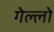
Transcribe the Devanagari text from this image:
गेल्लो